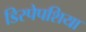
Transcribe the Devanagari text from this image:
डिस्पेपशिया